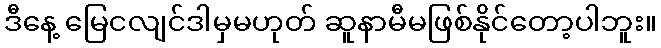
ဒီနေ့ မြေငလျင်ဒါမှမဟုတ် ဆူနာမီမဖြစ်နိုင်တော့ပါဘူး။